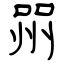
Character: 喌